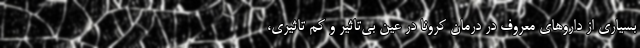
بسیاری از دارو‌های معروف در درمان کرونا در عین بی‌تاثیر و کم تاثیری،